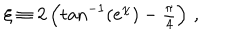
LaTeX: \xi \equiv 2 \left( \tan ^ { - 1 } ( e ^ { \chi } ) - { \textstyle \frac { \pi } { 4 } } \right) \, ,